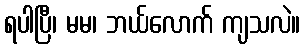
ရပါပြီ၊ မမ၊ ဘယ်လောက် ကျသလဲ။